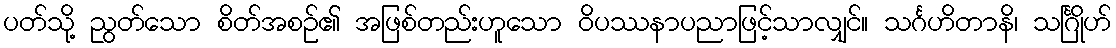
ပတ်သို့ ညွတ်သော စိတ်အစဉ်၏ အဖြစ်တည်းဟူသော ဝိပဿနာပညာဖြင့်သာလျှင်။ သင်္ဂဟိတာနိ၊ သင်္ဂြိုဟ်